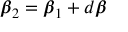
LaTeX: { \boldsymbol { \beta } } _ { 2 } = { \boldsymbol { \beta } } _ { 1 } + d { \boldsymbol { \beta } }